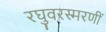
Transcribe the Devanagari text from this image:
रघुवरस्मरणीं